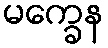
မက္ခေန